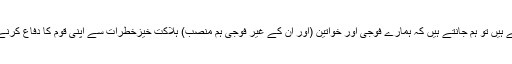
اور جب ہم مرنے والے ہر شخص کا سوگ مناتے ہیں تو ہم جانتے ہیں کہ ہمارے فوجی اور خواتین (اور ان کے غیر فوجی ہم منصب) ہلاکت خیزخطرات سے اپنی قوم کا دفاع کرنے کے لئے اپنی جانوں کو خطرے میں ڈالتے ہیں۔